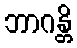
ဘာဂန္တိ